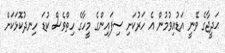
ޙަދީޖާގެ ވޭނީ އަޑުއިވުމުން އެ ހަރުކަށި ސިފައިންގެ މީހާގެ ހިތްވެސް ކުޑަ ހިނދުކޮޅަކަށް